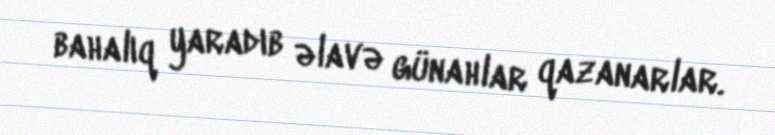
bahalıq yaradıb əlavə günahlar qazanarlar.